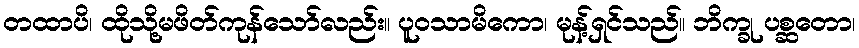
တထာပိ၊ ထိုသို့မဖိတ်ကုန်သော်လည်း။ ပူဝသာမိကော၊ မုန့်ရှင်သည်။ ဘိက္ခု ပစ္ဆတော၊